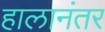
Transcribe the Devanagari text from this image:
हालानंतर